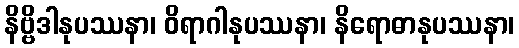
နိဗ္ဗိဒါနုပဿနာ၊ ဝိရာဂါနုပဿနာ၊ နိရောဓာနုပဿနာ၊